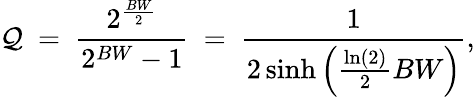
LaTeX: \mathcal{Q}\ =\ {\frac{{2^{\frac{{BW}}{{2}}}}}{{2^{BW}-1}}}\ =\ {\frac{{1}}{{2\sinh\left({\frac{{\ln(2)}}{{2}}}BW\right)}}},